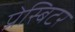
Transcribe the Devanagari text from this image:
प्रेस्बिटर